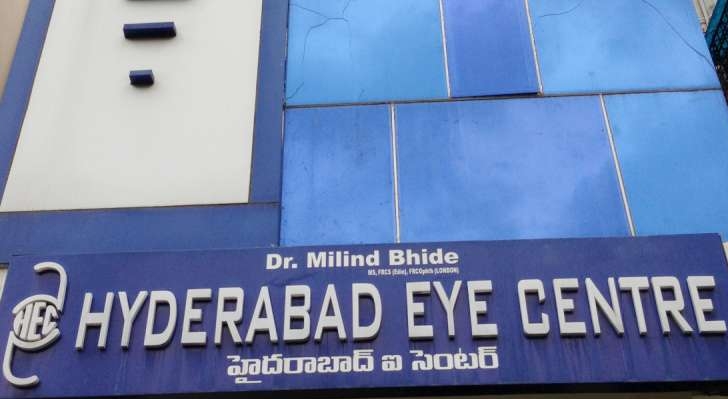
Language: telugu
Transcription: ఐ హైదరాబాద్